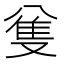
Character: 𠔟